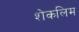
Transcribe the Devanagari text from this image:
शेकलिम